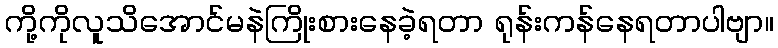
ကို့ကိုလူသိအောင်မနဲကြိုးစားနေခဲ့ရတာ ရုန်းကန်နေရတာပါဗျာ။